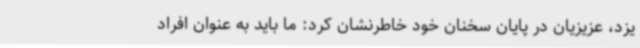
یزد، عزیزیان در پایان سخنان خود خاطرنشان کرد: ما باید به عنوان افراد